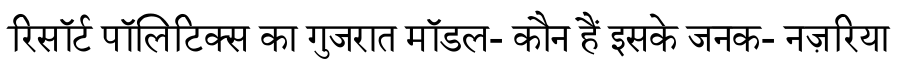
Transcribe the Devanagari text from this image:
रिसॉर्ट पॉलिटिक्स का गुजरात मॉडल- कौन हैं इसके जनक- नज़रिया